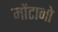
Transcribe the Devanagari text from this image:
मोंटानो